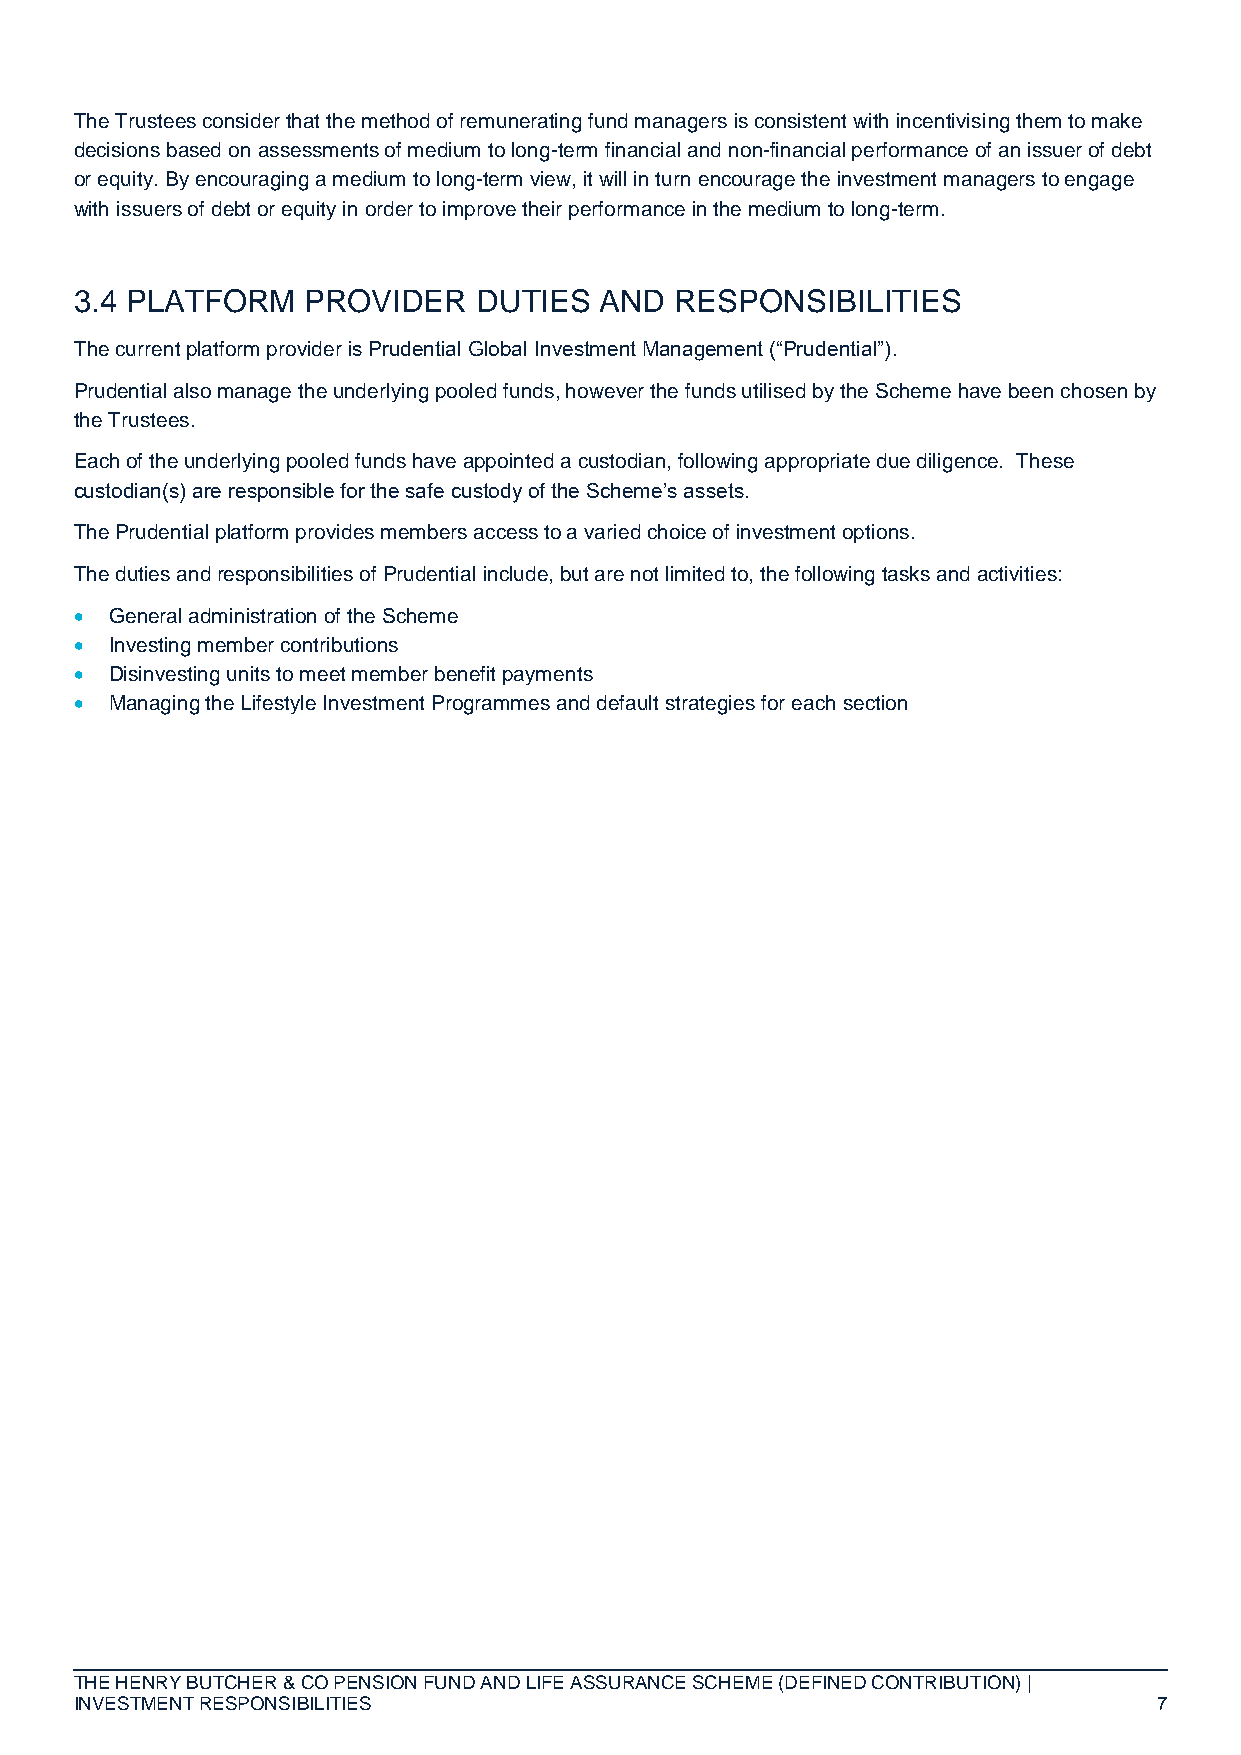
The Trustees consider that the method of remunerating fund managers is consistent with incentivising them to make
 decisions based on assessments of medium to long-term financial and non-financial performance of an issuer of debt
 or equity. By encouraging a medium to long-term view, it will in turn encourage the investment managers to engage
 with issuers of debt or equity in order to improve their performance in the medium to long-term.
 3.4 PLATFORM   PROVIDER    DUTIES  AND  RESPONSIBILITIES
 The current platform provider is Prudential Global Investment Management (“Prudential”).
 Prudential also manage the underlying pooled funds, however the funds utilised by the Scheme have been chosen by
 the Trustees.
 Each of the underlying pooled funds have appointed a custodian, following appropriate due diligence. These
 custodian(s) are responsible for the safe custody of the Scheme’s assets.
 The Prudential platform provides members access to a varied choice of investment options.
 The duties and responsibilities of Prudential include, but are not limited to, the following tasks and activities:
  General administration of the Scheme
  Investing member contributions
  Disinvesting units to meet member benefit payments
  Managing the Lifestyle Investment Programmes and default strategies for each section
 THE HENRY BUTCHER & CO PENSION FUND AND LIFE ASSURANCE SCHEME (DEFINED CONTRIBUTION) |
 INVESTMENT RESPONSIBILITIES                                             7